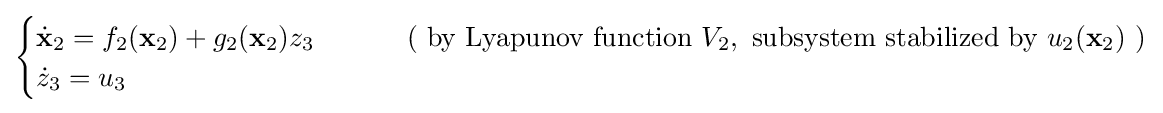
{\begin{cases}{\dot {\mathbf {x} }}_{2}=f_{2}(\mathbf {x} _{2})+g_{2}(\mathbf {x} _{2})z_{3}&\qquad {\text{ ( by Lyapunov function }}V_{2},{\text{ subsystem stabilized by }}u_{2}({\textbf {x}}_{2}){\text{ )}}\\{\dot {z}}_{3}=u_{3}\end{cases}}